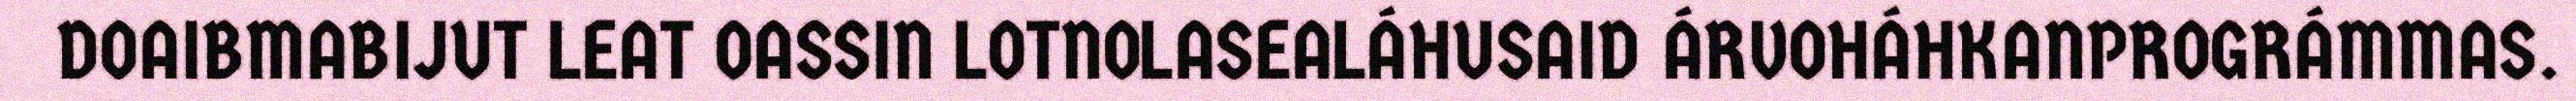
DOAIBMABIJUT LEAT OASSIN LOTNOLASEALÁHUSAID ÁRVOHÁHKANPROGRÁMMAS.